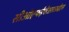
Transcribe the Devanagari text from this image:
सीओएफईपीआरआईएस